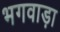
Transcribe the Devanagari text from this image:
भगवाड़ा